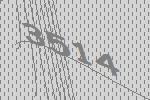
3514